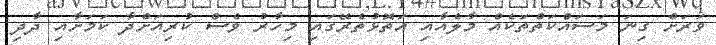
ވަރަށް ގިނަ މަސައްކަތްތަކެއް މާލެއާއި އަތޮޅުތެރޭގައި މިހާރު ވެސް ކުރިއަށްދާ ކަމަށާއި ދާދި